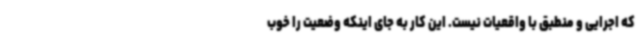
که اجرایی و منطبق با واقعیات نیست. این کار به جای اینکه وضعیت را خوب